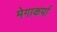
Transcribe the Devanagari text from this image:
मेगाकर्पा